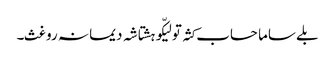
بلے ساما حساب کثہ تو لیکّو ہشتاشہ دیما نہ روغث۔